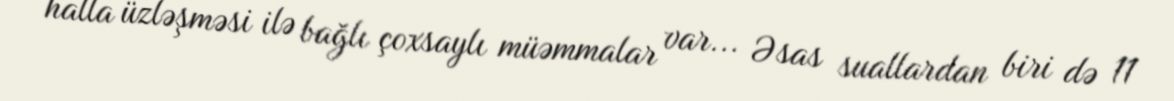
halla üzləşməsi ilə bağlı çoxsaylı müəmmalar var... Əsas suallardan biri də 11